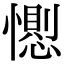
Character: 𢢥